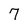
Character: 7